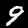
Label: 9